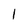
Character: 1